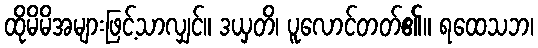
ထိုမိမိအများဖြင့်သာလျှင်။ ဒယှတိ၊ ပူလောင်တတ်၏။ ရထေသဘ၊